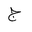
Letter: _gim